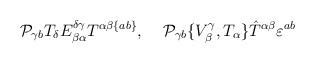
LaTeX: \begin{align*}{\cal P}_{\gamma b}T_\delta E^{\delta\gamma}_{\beta\alpha}T^ {\alpha\beta\{ab\}},\;\;\;\;{\cal P}_{\gamma b}\{V^\gamma_\beta,T_\alpha\} \hat{T}^{\alpha\beta}\varepsilon^{ab}\end{align*}